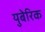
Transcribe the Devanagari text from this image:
युबेरिक